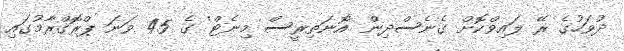
ދުވަހުގެ ރޭ ލައިވްކޮށް ގެނެސްދިން 'އޮނަތިރީސް މިނެޓް' ގެ 45 ވަނަ ޕްރޮގްރާމުގައި